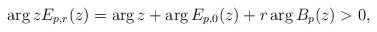
\begin{align*}\arg z E_{p,r}(z) = \arg z+ \arg E_{p,0}(z) + r\arg B_p(z) >0,\end{align*}